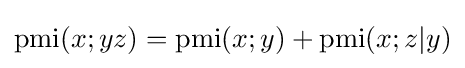
\operatorname {pmi} (x;yz)=\operatorname {pmi} (x;y)+\operatorname {pmi} (x;z|y)